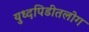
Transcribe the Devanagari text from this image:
युध्दपिडीतलोग